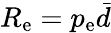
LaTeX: R_{\mathrm{e}}=p_{\mathrm{e}}\bar{d}